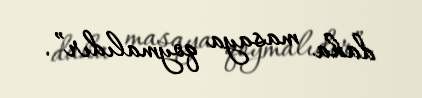
daha masaya qoymalıdır”.